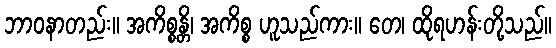
ဘာဝနာတည်း။ အကိစ္စန္တိ၊ အကိစ္စ ဟူသည်ကား။ တေ၊ ထိုရဟန်းတို့သည်။